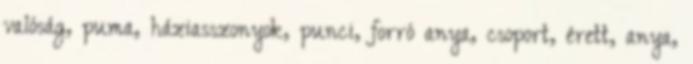
valóság, puma, háziasszonyok, punci, forró anya, csoport, érett, anya,